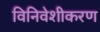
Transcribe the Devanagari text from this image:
विनिवेशीकरण